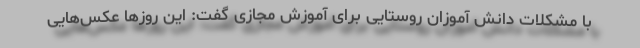
با مشکلات دانش آموزان روستایی برای آموزش مجازی گفت: این روزها عکس‌هایی